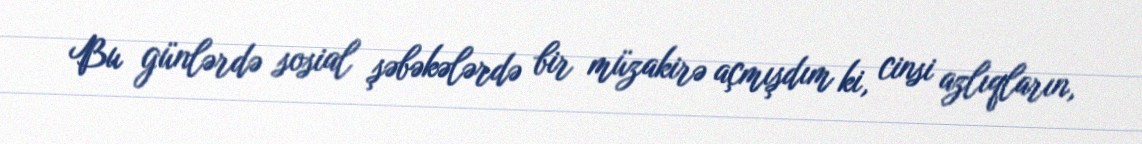
Bu günlərdə sosial şəbəkələrdə bir müzakirə açmışdım ki, cinsi azlıqların,